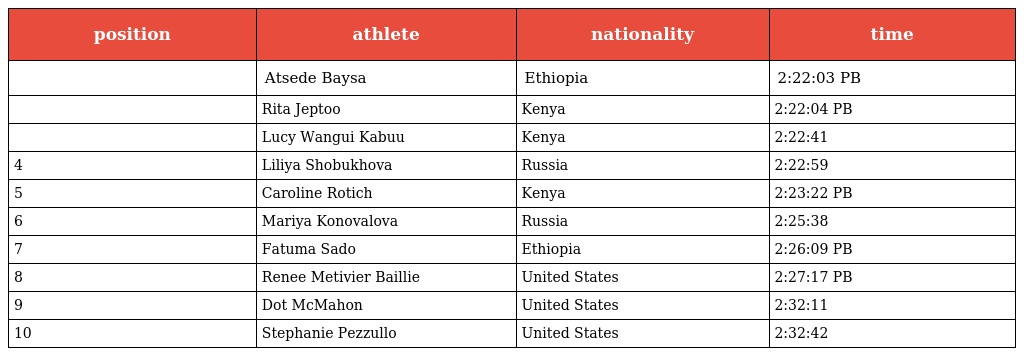
| position | athlete | nationality | time |
 | --- | --- | --- | --- |
 |  | Atsede Baysa | Ethiopia | 2:22:03 PB |
 |  | Rita Jeptoo | Kenya | 2:22:04 PB |
 |  | Lucy Wangui Kabuu | Kenya | 2:22:41 |
 | 4 | Liliya Shobukhova | Russia | 2:22:59 |
 | 5 | Caroline Rotich | Kenya | 2:23:22 PB |
 | 6 | Mariya Konovalova | Russia | 2:25:38 |
 | 7 | Fatuma Sado | Ethiopia | 2:26:09 PB |
 | 8 | Renee Metivier Baillie | United States | 2:27:17 PB |
 | 9 | Dot McMahon | United States | 2:32:11 |
 | 10 | Stephanie Pezzullo | United States | 2:32:42 |